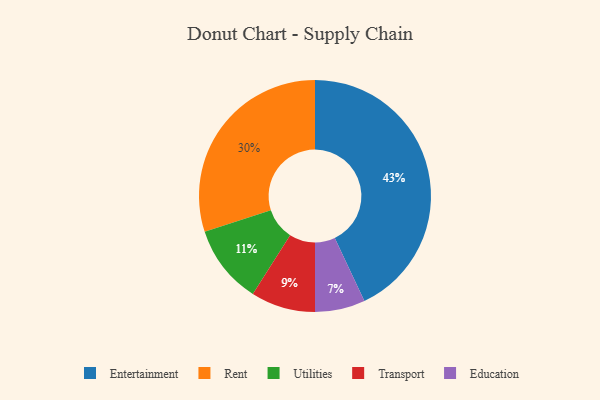
{"axis": {"x": "Category", "y": "Percentage"}, "legend": ["Education", "Entertainment", "Rent", "Transport", "Utilities"], "data": [{"x": "Transport", "y": 9, "type": "Transport"}, {"x": "Rent", "y": 30, "type": "Rent"}, {"x": "Education", "y": 7, "type": "Education"}, {"x": "Entertainment", "y": 43, "type": "Entertainment"}, {"x": "Utilities", "y": 11, "type": "Utilities"}]}